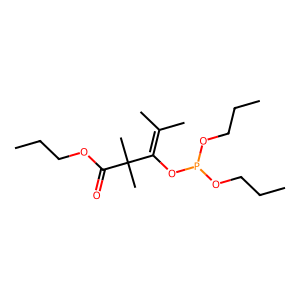
SMILES: CCCOC(=O)C(C)(C)C(OP(OCCC)OCCC)=C(C)C
Inhibits HIV replication: No